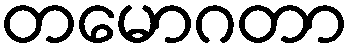
တမောဂတာ